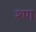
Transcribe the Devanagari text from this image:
श्ण